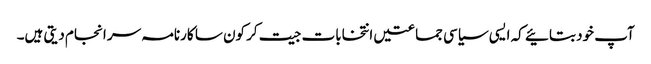
آپ خود بتائیے کہ ایسی سیاسی جماعتیں انتخابات جیت کر کون سا کارنامہ سر انجام دیتی ہیں۔